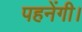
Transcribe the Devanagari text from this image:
पहनेंगी।